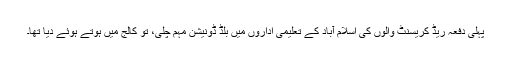
پہلی دفعہ ریڈ کریسنٹ والوں کی اسلام آباد کے تعلیمی اداروں میں بلڈ ڈونیشن مہم چلی، تو کالج میں ہوتے ہوئے دیا تھا۔